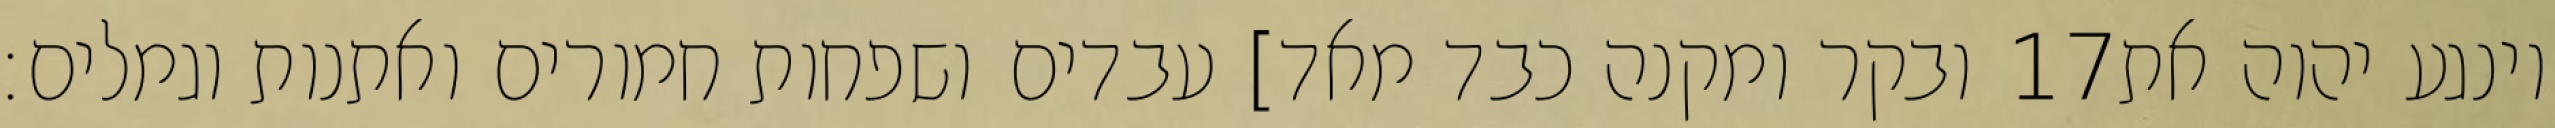
ובקר ומקנה כבד מאד] עבדים ושפחות חמורים ואתנות וגמלים׃ ‎17‏ וינגע יהוה את